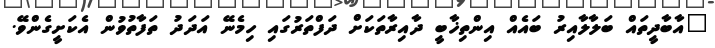
"އާބާދީތައް ބަލާލާއިރު ބައެއް އިންތިޚާބީ ދާއިރާތަކަށް ދަފްތަރުގައި ހިމެނޭ އަދަދު ތަފާތުވުން އެކަށީގެންވޭ.